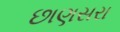
છાણસરા